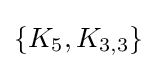
\{K_{5},K_{3,3}\}